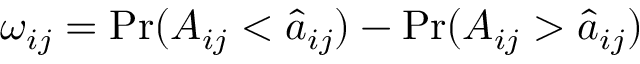
\omega _ { i j } = \mathrm { P r } ( A _ { i j } < \hat { a } _ { i j } ) - \mathrm { P r } ( A _ { i j } > \hat { a } _ { i j } )